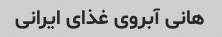
هانی آبروی غذای ایرانی